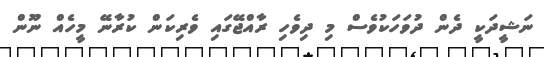
ނަޝީދަކީ ދެން ދުވަހަކުވެސް މި ދިވެހި ރާއްޖޭގައި ވެރިކަން ކުރާނޭ މީހެއް ނޫން